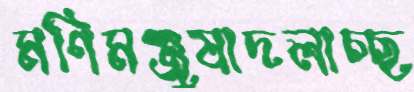
মণিমঞ্জুষাদলাচ্ছ